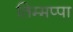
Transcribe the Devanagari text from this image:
तिम्मप्पा